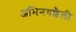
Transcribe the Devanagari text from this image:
अभिनयशैली